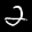
Label: 2